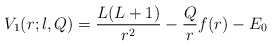
\begin{align*} V_1(r;l,Q) = \frac{L(L+1)}{r^2} - \frac{Q}{r} f(r) - E_0\end{align*}